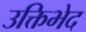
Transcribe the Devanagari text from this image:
उक्तिभेद